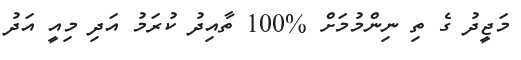
މަޖީދު ގެ ތި ނިންމުމަށް %100 ތާއިދު ކުރަމު އަދި މިއީ އަދު